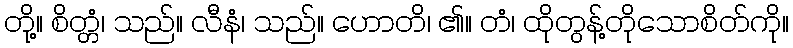
တို့။ စိတ္တံ၊ သည်။ လီနံ၊ သည်။ ဟောတိ၊ ၏။ တံ၊ ထိုတွန့်တိုသောစိတ်ကို။